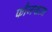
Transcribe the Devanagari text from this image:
फौजखान